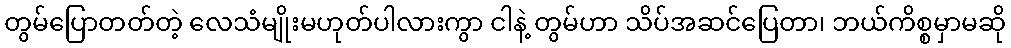
တွမ်ပြောတတ်တဲ့ လေသံမျိုးမဟုတ်ပါလားကွာ ငါနဲ့ တွမ်ဟာ သိပ်အဆင်ပြေတာ၊ ဘယ်ကိစ္စမှာမဆို